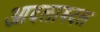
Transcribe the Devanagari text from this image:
आदलाबदल